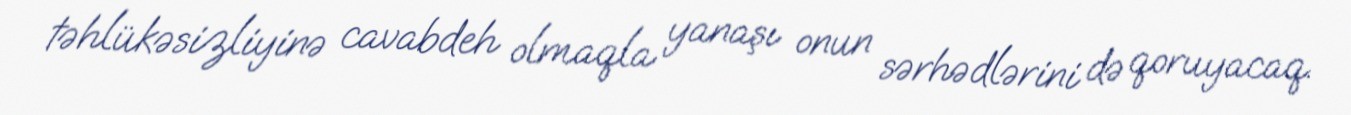
təhlükəsizliyinə cavabdeh olmaqla yanaşı onun sərhədlərini də qoruyacaq.